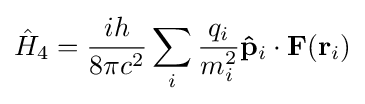
{\hat {H}}_{4}={\frac {ih}{8\pi c^{2}}}\sum _{i}{\frac {q_{i}}{m_{i}^{2}}}\mathbf {\hat {p}} _{i}\cdot \mathbf {F} (\mathbf {r} _{i})